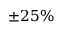
\pm 2 5 \%